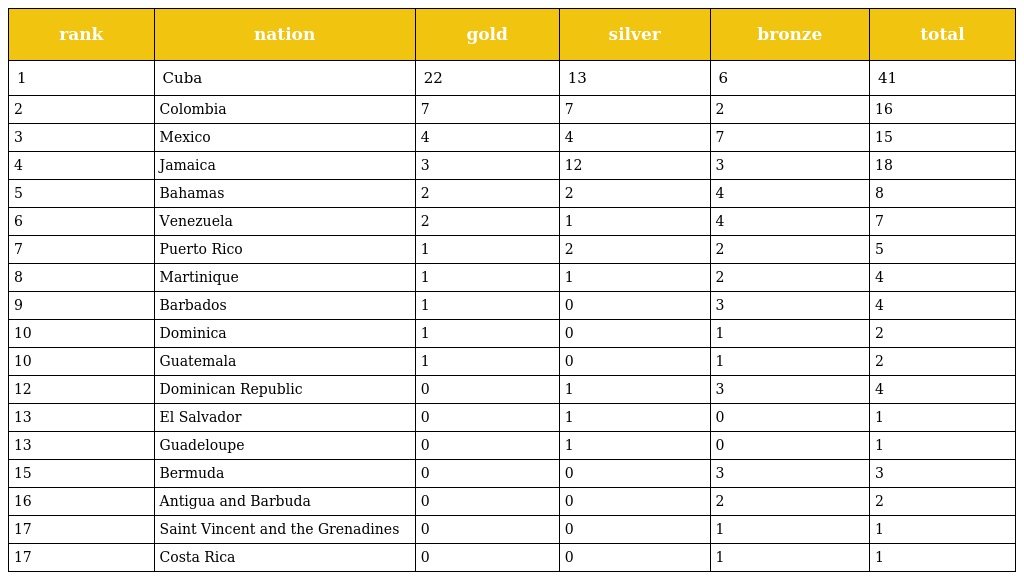
| rank | nation | gold | silver | bronze | total |
 | --- | --- | --- | --- | --- | --- |
 | 1 | Cuba | 22 | 13 | 6 | 41 |
 | 2 | Colombia | 7 | 7 | 2 | 16 |
 | 3 | Mexico | 4 | 4 | 7 | 15 |
 | 4 | Jamaica | 3 | 12 | 3 | 18 |
 | 5 | Bahamas | 2 | 2 | 4 | 8 |
 | 6 | Venezuela | 2 | 1 | 4 | 7 |
 | 7 | Puerto Rico | 1 | 2 | 2 | 5 |
 | 8 | Martinique | 1 | 1 | 2 | 4 |
 | 9 | Barbados | 1 | 0 | 3 | 4 |
 | 10 | Dominica | 1 | 0 | 1 | 2 |
 | 10 | Guatemala | 1 | 0 | 1 | 2 |
 | 12 | Dominican Republic | 0 | 1 | 3 | 4 |
 | 13 | El Salvador | 0 | 1 | 0 | 1 |
 | 13 | Guadeloupe | 0 | 1 | 0 | 1 |
 | 15 | Bermuda | 0 | 0 | 3 | 3 |
 | 16 | Antigua and Barbuda | 0 | 0 | 2 | 2 |
 | 17 | Saint Vincent and the Grenadines | 0 | 0 | 1 | 1 |
 | 17 | Costa Rica | 0 | 0 | 1 | 1 |